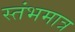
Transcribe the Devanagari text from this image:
स्तंभमात्र